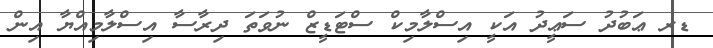
ޑރ ޢަބުދު ސަޢީދު އަކީ އިސްލާމިކް ސްޓަޑީޒް ނުވަތަ ދިރާސާ އިސްލާމިއްޔާ އިން